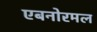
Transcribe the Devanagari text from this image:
एबनोरमल